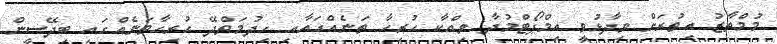
މުމްތާޒު އިތުރަށް ވިދާޅުވީ އިމްޕޯޓްމުދާ ވިއްކާ ހުރިހާ ތަނެއްގައާއި ހިދުމަތްދޭ ހުރިހާތަނެއްގައި ބިދޭސީން